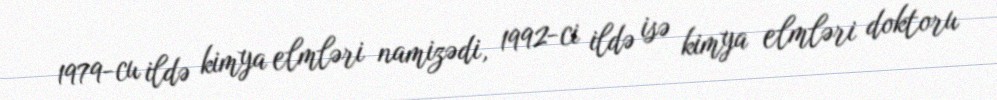
1979-cu ildə kimya elmləri namizədi, 1992-ci ildə isə kimya elmləri doktoru